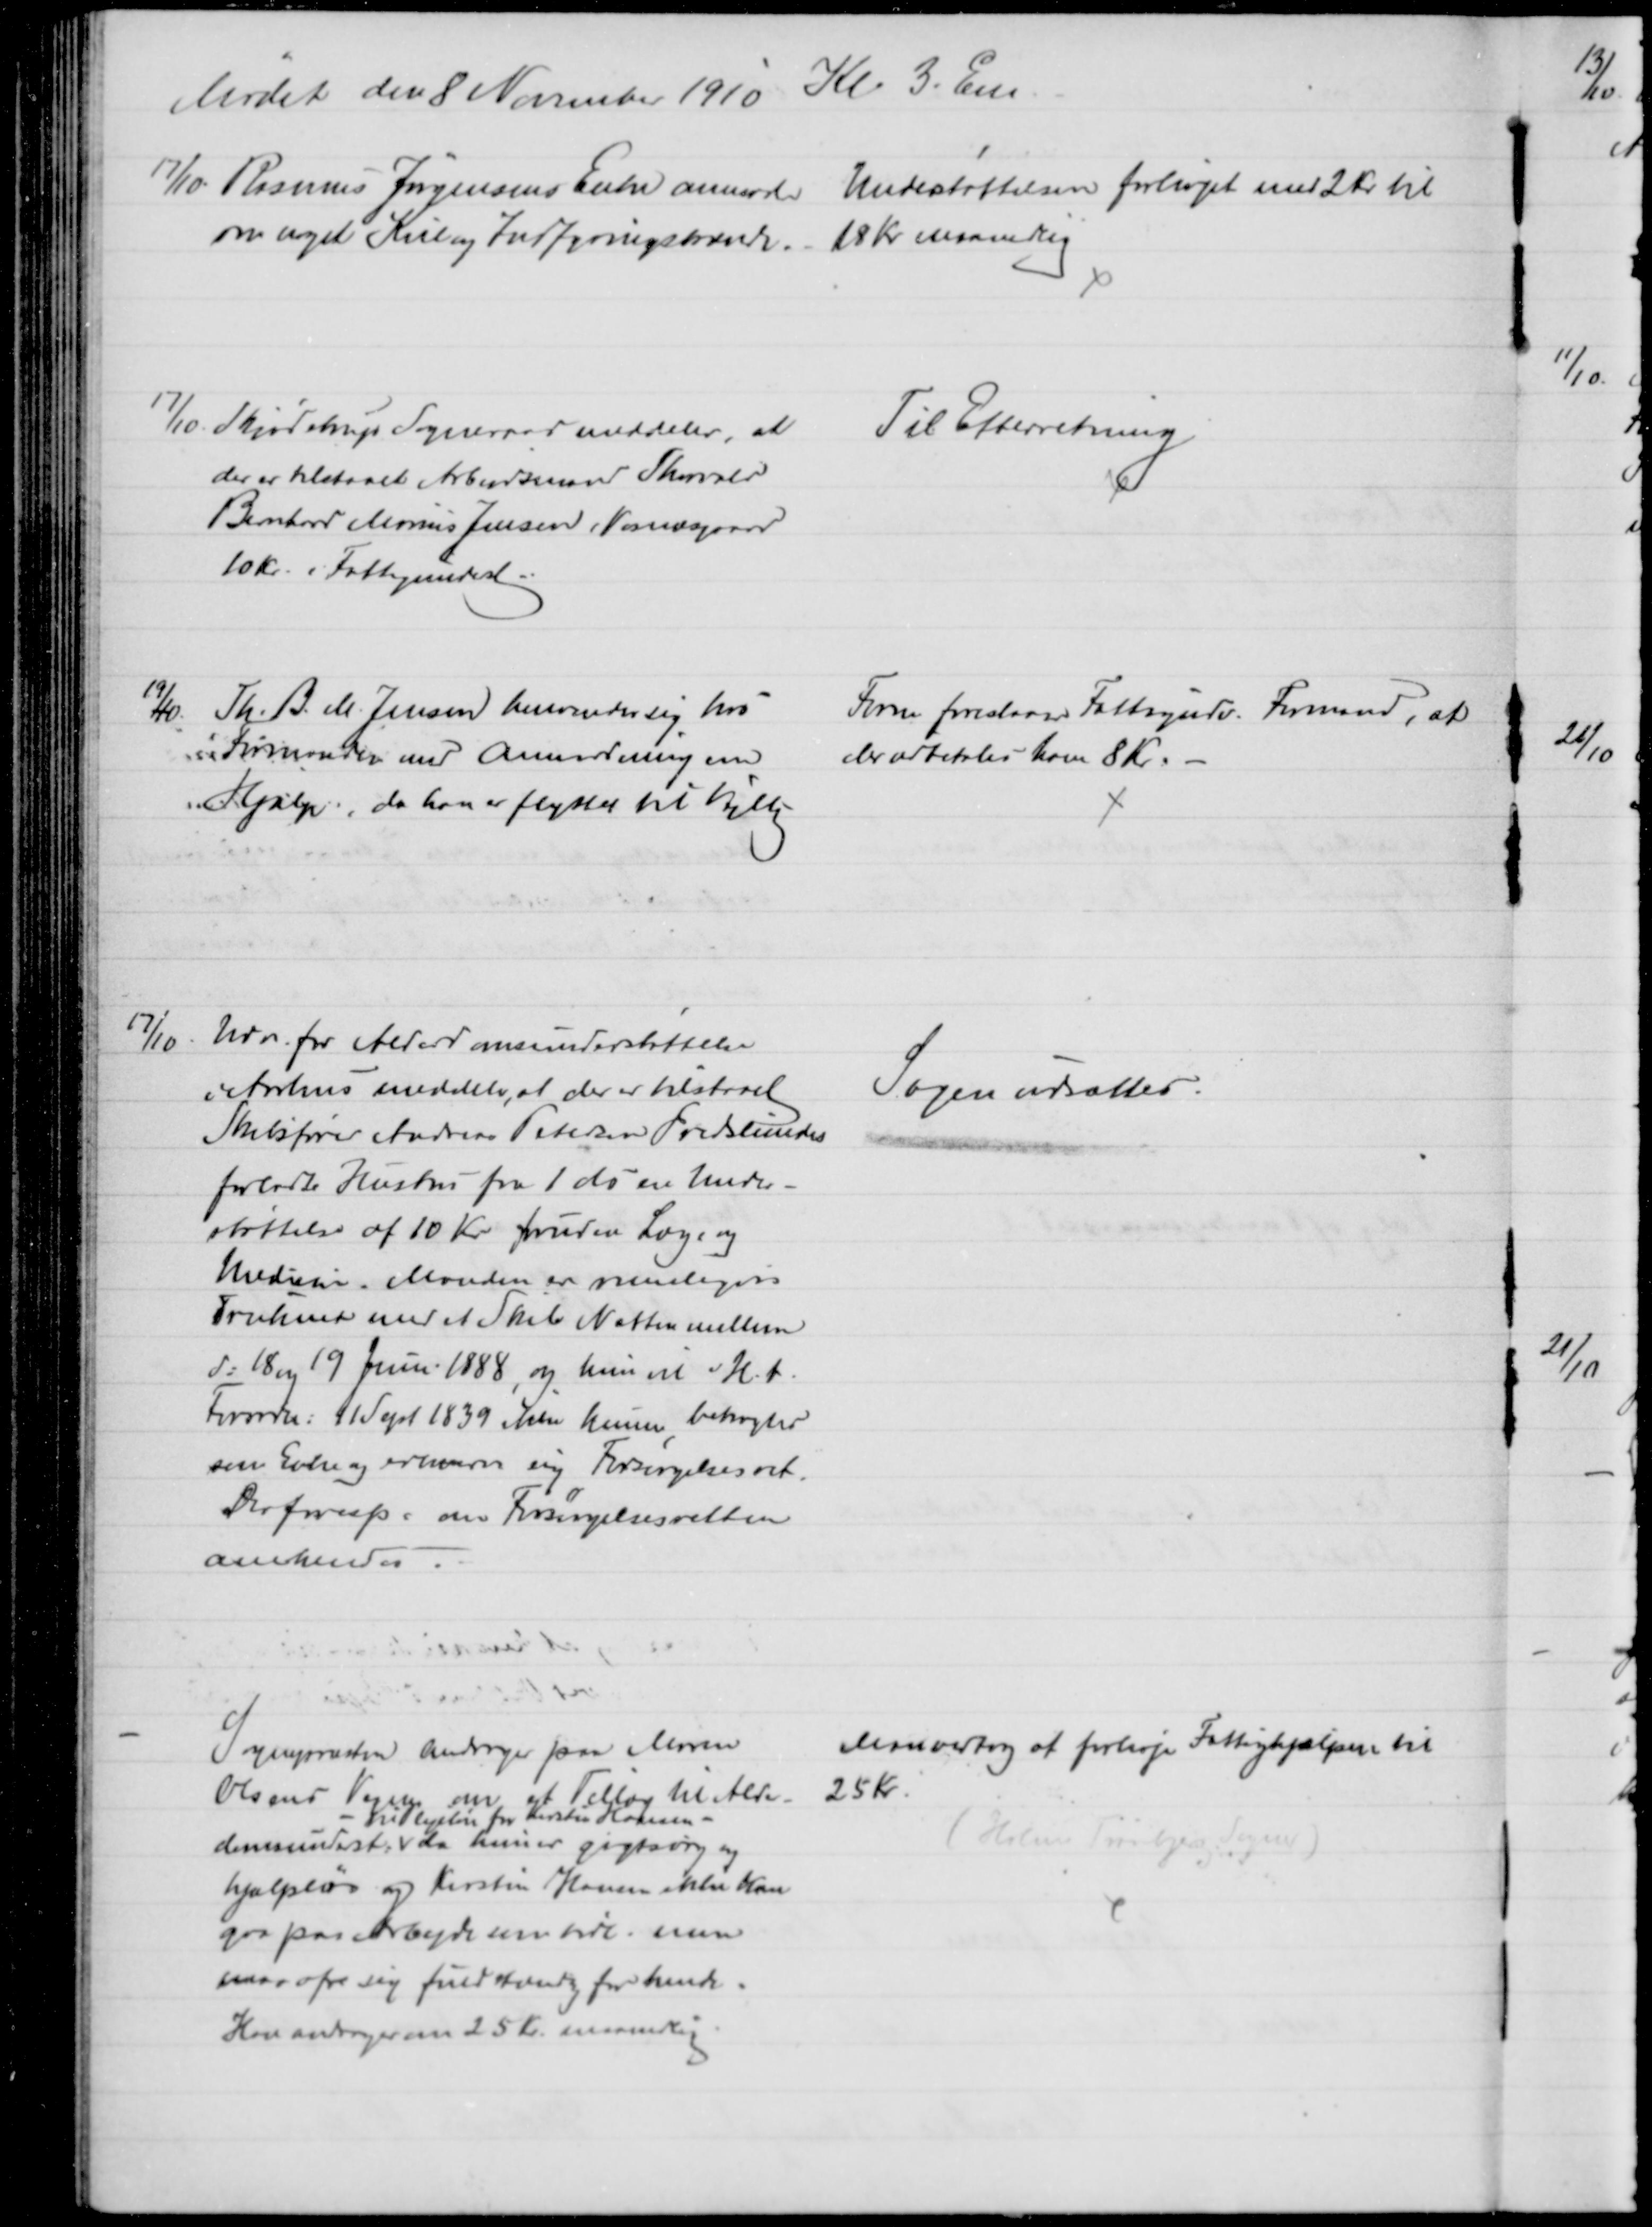
Transskription:
Mødet den 8 November 1910 Kl 3. Em
17/10 Rasmus Jørgensens Enke anmoder 
om noget Kul og Indfyringsbrænde.
Understøttelsen forhøjet med 2 Kr til
18 Kr maanedlig
17/10. Skjødstrup Sogneraad meddeler, at
der er tilstaaet Arbejdsmand Thorvald
Bernhard Marius Jensen  (Vosnæsgaard
10 Kr. i Fattigunderst.
Til Efterretning
19/10
Th. B. M. Jensen henvender sig hos
Formanden med Anmodning om
Hjælp, da han er flyttet til Vejlby
Form foreslaaer Fattigudv. Formand, at
der udbetales ham 8 Kr.
17/10. Udv. for Alderdomsunderstøttelse
i Aarhus meddeler, at der er tilstaaet
Skibsfører Andreas Petersen Fredslundes
forladte Hustru fra 1 ds en Under-
støttelse af 10 Kr foruden Læge og
Medicin. Manden er muligvis
Druknet med et Skib Natten mellem
d: 18 og 19 Juni 1888, og hun vil i H. t.
Forordn: 11 Sept 1839 ikke kunne betragtes
sin Enke og erhverve sig Forsørgelsesret.
Der forespørges om Forsørgelsesretten
anerkendes.
Sagen udsættes.
Sognepræsten andrager paa Maren
Olsens Vegne om et Tillæg til Alder-
domsunderst: 
til Plejeløn for Kirsten Hansen
da hun er gigtsvag og
hjælpeløs og Kirsten Hansen ikke kan
gaa paa Arbejde som tidl. hun
maa ofre sig fuldstændig for hende.
Han andrager om 25 Kr. maanedlig
Man vedtog at forhøje Fattighjælpen til 
25 Kr.
(Holme Tranbjerg Sogner)